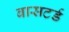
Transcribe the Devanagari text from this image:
बासटर्ड